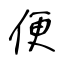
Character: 便